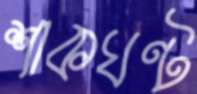
শাকঘণ্ট